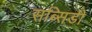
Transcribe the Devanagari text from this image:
सब्सिडी